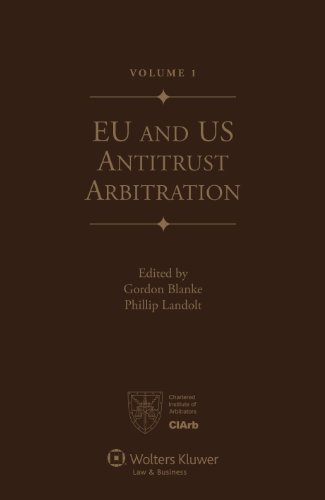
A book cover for EU and US Antitrust Arbitration. A Handbook for Practitioners; Gordon Blanke; Law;